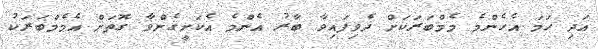
އަދި ހަމަ އެހެންމެ މެމްބަރަކަށް ދެވިފައިވާ ބާރު އެންމެ އެކަށީގެންވާ ގޮތަށް އެމެމްބަރަކު